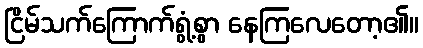
ငြိမ်သက်ကြောက်ရွံ့စွာ နေကြလေတော့၏။